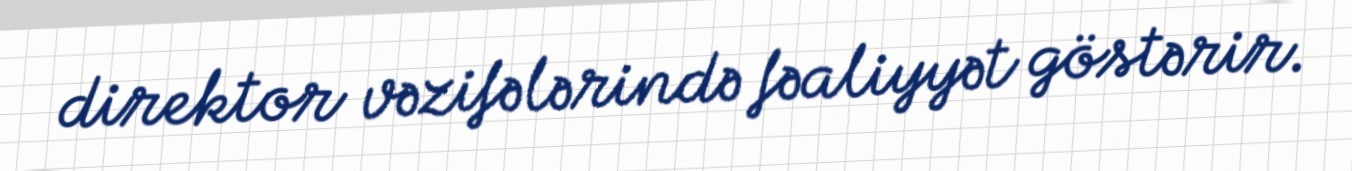
direktor vəzifələrində fəaliyyət göstərir.